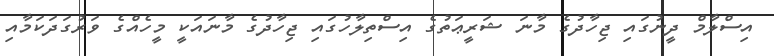
އިސްލާމް ދީނުގައި ޖިހާދުގެ މާނަ ޝަރީޢަތުގެ އިސްތިލާހުގައި ޖިހާދުގެ މާނައަކީ މީހެއްގެ ވަރުގަދަކަމާއި